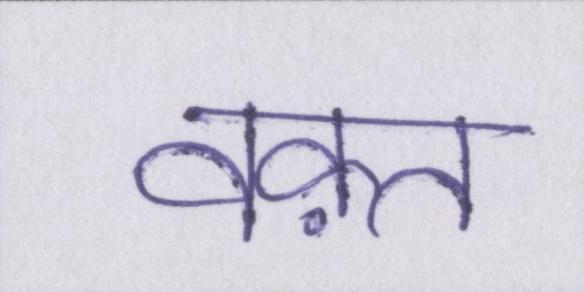
वक़्त